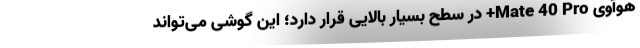
هوآوی Mate 40 Pro+ در سطح بسیار بالایی قرار دارد؛ این گوشی می‌تواند